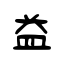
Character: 益